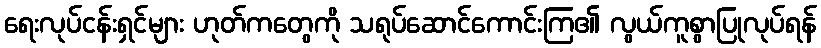
ရေးလုပ်ငန်းရှင်များ ဟုတ်ကတွေကို သရုပ်ဆောင်ကောင်းကြ၏ လွယ်ကူစွာပြုလုပ်ရန်